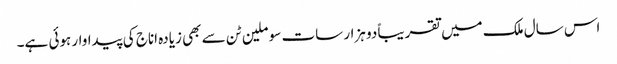
اس سال ملک میں تقریباً دو ہزار سات سو ملین ٹن سے بھی زیادہ اناج کی پیداوار ہوئی ہے۔